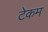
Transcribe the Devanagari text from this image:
टेकम